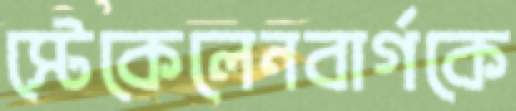
স্টেকেলেনবার্গকে